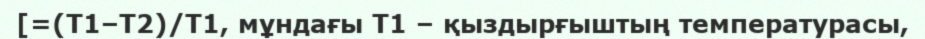
[=(T1–T2)/T1, мұндағы T1 – қыздырғыштың температурасы,